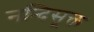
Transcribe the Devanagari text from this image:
नन्दिसूक्त